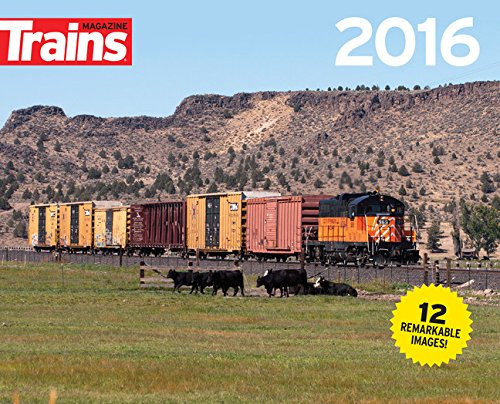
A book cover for Trains Magazine 2016; Engineering & Transportation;